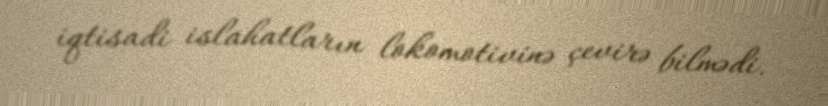
iqtisadi islahatların lokomotivinə çevirə bilmədi.